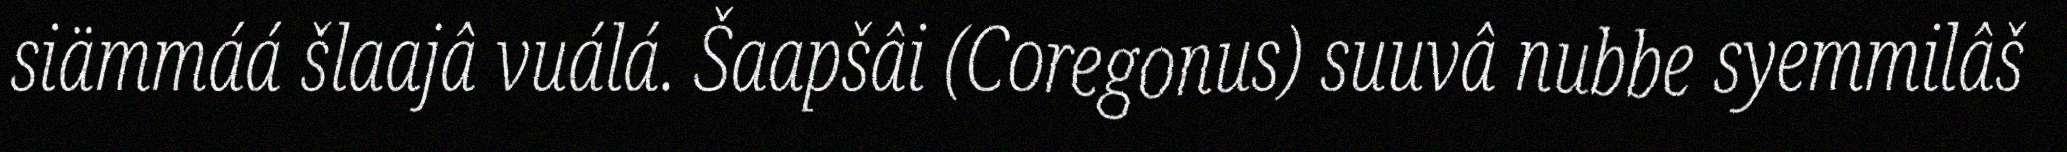
siämmáá šlaajâ vuálá. Šaapšâi (Coregonus) suuvâ nubbe syemmilâš